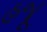
હજૂ